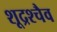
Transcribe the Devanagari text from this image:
शूद्रश्चैव